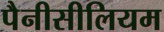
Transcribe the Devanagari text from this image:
पैनीसीलियम